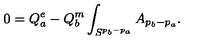
0 = Q _ { a } ^ { e } - Q _ { b } ^ { m } \int _ { S ^ { p _ { b } - p _ { a } } } A _ { p _ { b } - p _ { a } } .